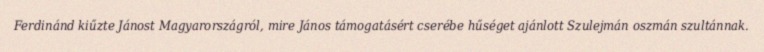
Ferdinánd kiűzte Jánost Magyarországról, mire János támogatásért cserébe hűséget ajánlott Szulejmán oszmán szultánnak.